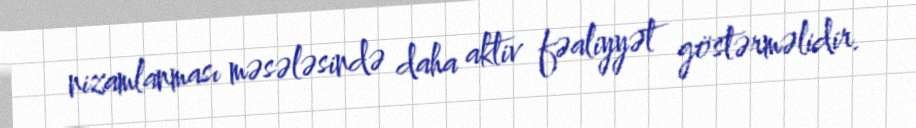
nizamlanması məsələsində daha aktiv fəaliyyət göstərməlidir.